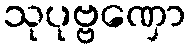
သုပုဗ္ဗဏှော